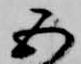
五